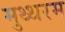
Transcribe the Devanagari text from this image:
मुथ्थरम